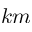
k m